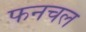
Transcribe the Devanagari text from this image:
फनचल